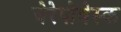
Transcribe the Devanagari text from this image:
चेरेपोवेस्क